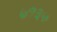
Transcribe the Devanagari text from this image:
७१३५